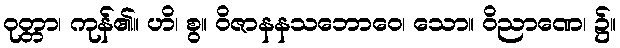
ဝုတ္တာ၊ ကုန်၏။ ဟိ၊ စွ။ ဝိဇာနနသဘောဝေ၊ သော။ ဝိညာဏေ၊ ၌။